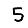
Digit: 5